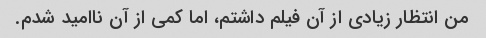
من انتظار زیادی از آن فیلم داشتم، اما کمی از آن ناامید شدم.